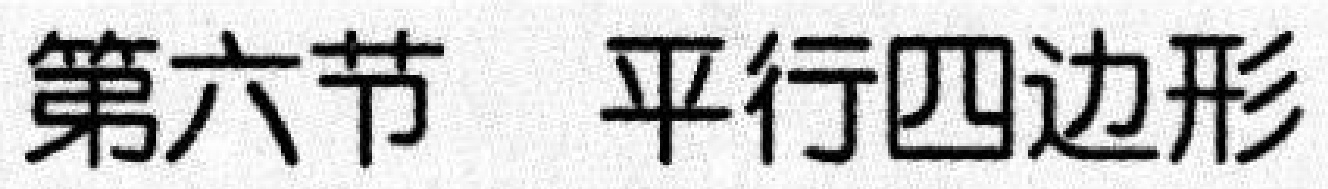
第六节 平行四边形